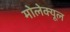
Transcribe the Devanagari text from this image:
मोलेक्यूल